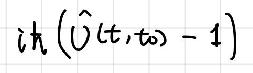
$i \hbar \left(\hat{U}(t,t_0)-1\right)$